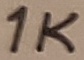
Text: 1K